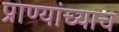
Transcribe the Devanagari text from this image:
प्राण्यांच्याच